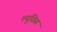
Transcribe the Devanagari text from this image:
ल्युविस